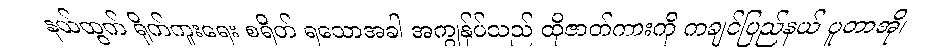
နယ်ထွက် ရိုက်ကူးရေး စရိတ် ရသောအခါ အကျွန်ုပ်သည် ထိုဇာတ်ကားကို ကချင်ပြည်နယ် ပူတာအို၊